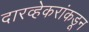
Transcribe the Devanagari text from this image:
दारव्हेकरांकडून